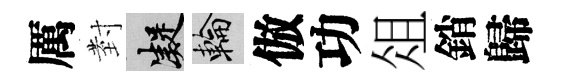
厲𭔹凝輪倣功俎銷歸